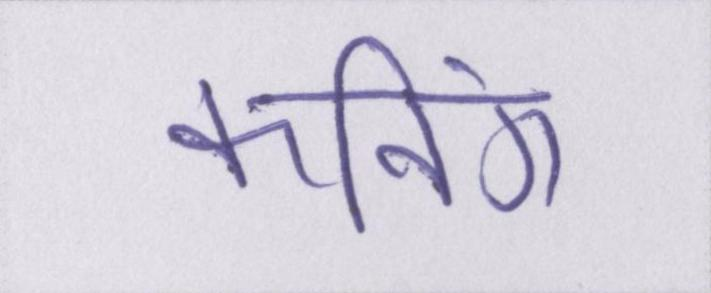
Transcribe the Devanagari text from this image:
कनिंग